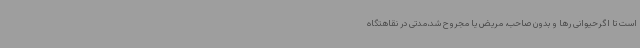
است تا اگرحیوانی رها و بدون صاحب، مریض یا مجروح شد،مدتی در نقاهتگاه